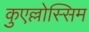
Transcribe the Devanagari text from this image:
कुएल्लोस्सिम